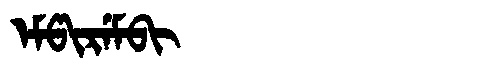
Manchu: ᡝᠮᡦᡳᡵᡝᠮᠪᡳ
Romanization: EMPIREMBI